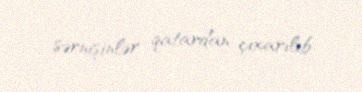
sərnişinlər qatardan çıxarılıb.